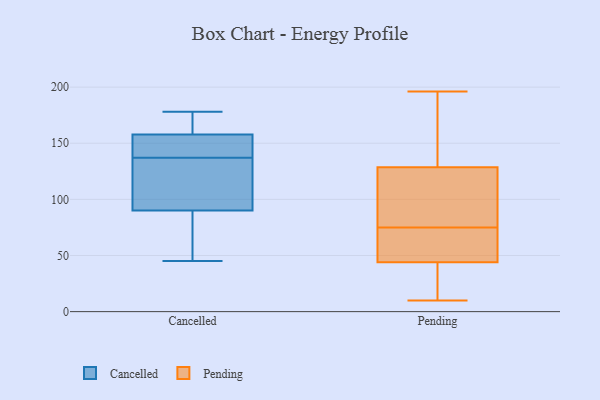
{"axis": {"x": "Inventory Turnover", "y": "Value"}, "legend": ["Cancelled", "Pending"], "data": [{"x": "", "y": 125, "type": "Cancelled"}, {"x": "", "y": 45, "type": "Cancelled"}, {"x": "", "y": 125, "type": "Cancelled"}, {"x": "", "y": 78, "type": "Cancelled"}, {"x": "", "y": 165, "type": "Cancelled"}, {"x": "", "y": 178, "type": "Cancelled"}, {"x": "", "y": 142, "type": "Cancelled"}, {"x": "", "y": 64, "type": "Cancelled"}, {"x": "", "y": 106, "type": "Cancelled"}, {"x": "", "y": 146, "type": "Cancelled"}, {"x": "", "y": 156, "type": "Cancelled"}, {"x": "", "y": 94, "type": "Cancelled"}, {"x": "", "y": 168, "type": "Cancelled"}, {"x": "", "y": 148, "type": "Cancelled"}, {"x": "", "y": 68, "type": "Cancelled"}, {"x": "", "y": 163, "type": "Cancelled"}, {"x": "", "y": 137, "type": "Cancelled"}, {"x": "", "y": 118, "type": "Pending"}, {"x": "", "y": 32, "type": "Pending"}, {"x": "", "y": 196, "type": "Pending"}, {"x": "", "y": 132, "type": "Pending"}, {"x": "", "y": 174, "type": "Pending"}, {"x": "", "y": 53, "type": "Pending"}, {"x": "", "y": 41, "type": "Pending"}, {"x": "", "y": 64, "type": "Pending"}, {"x": "", "y": 56, "type": "Pending"}, {"x": "", "y": 14, "type": "Pending"}, {"x": "", "y": 87, "type": "Pending"}, {"x": "", "y": 65, "type": "Pending"}, {"x": "", "y": 10, "type": "Pending"}, {"x": "", "y": 75, "type": "Pending"}, {"x": "", "y": 142, "type": "Pending"}, {"x": "", "y": 93, "type": "Pending"}, {"x": "", "y": 108, "type": "Pending"}, {"x": "", "y": 22, "type": "Pending"}, {"x": "", "y": 185, "type": "Pending"}]}